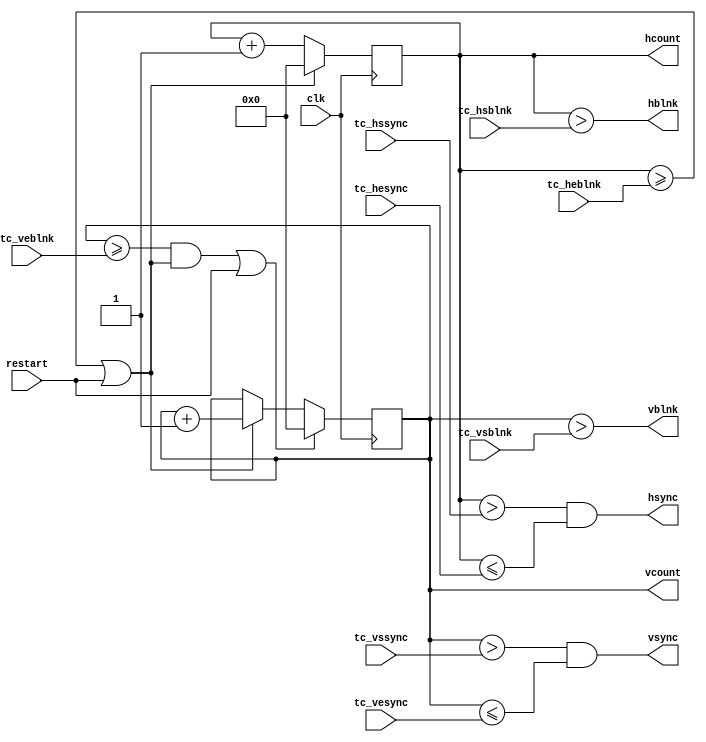
module timing
  (
  input  wire [10:0] tc_hsblnk,
  input  wire [10:0] tc_hssync,
  input  wire [10:0] tc_hesync,
  input  wire [10:0] tc_heblnk,

  output wire [10:0] hcount,
  output wire        hsync,
  output wire        hblnk,

  input  wire [10:0] tc_vsblnk,
  input  wire [10:0] tc_vssync,
  input  wire [10:0] tc_vesync,
  input  wire [10:0] tc_veblnk,

  output wire [10:0] vcount,
  output wire        vsync,
  output wire        vblnk,

  input  wire        restart,
  input  wire        clk
  );

  //******************************************************************//
  // This logic describes a 11-bit horizontal position counter.       //
  //******************************************************************//
 
  reg    [10:0] hpos_cnt = 0;
  wire          hpos_clr;
  wire          hpos_ena;

  always @(posedge clk)
  begin : hcounter
    if (hpos_clr) hpos_cnt <= 11'b000_0000_0000;
    else if (hpos_ena) hpos_cnt <= hpos_cnt + 11'b000_0000_0001;
  end

  //******************************************************************//
  // This logic describes a 11-bit vertical position counter.         //
  //******************************************************************//

  reg    [10:0] vpos_cnt = 0;
  wire          vpos_clr;
  wire          vpos_ena;

  always @(posedge clk)
  begin : vcounter
    if (vpos_clr) vpos_cnt <= 11'b000_0000_0000;
    else if (vpos_ena) vpos_cnt <= vpos_cnt + 11'b000_0000_0001;
  end

  //******************************************************************//
  // This logic describes the position counter control.  Counters are //
  // reset when they reach the total count and the counter is then    //
  // enabled to advance.  Use of GTE operator ensures dynamic changes //
  // to display timing parameters do not allow counters to run away.  //
  //******************************************************************//

  assign hpos_ena = 1'b1;
  assign hpos_clr = ((hpos_cnt >= tc_heblnk) && hpos_ena ) || restart;
 
  assign vpos_ena = hpos_clr;
  assign vpos_clr = ((vpos_cnt >= tc_veblnk) && vpos_ena ) || restart;

  //******************************************************************//
  // This is the logic for the horizontal outputs.  Active video is   //
  // always started when the horizontal count is zero.  Example:      //
  //                                                                  //
  // tc_hsblnk = 03                                                   //
  // tc_hssync = 07                                                   //
  // tc_hesync = 11                                                   //
  // tc_heblnk = 15 (htotal)                                          //
  //                                                                  //
  // hcount   00 01 02 03 04 05 06 07 08 09 10 11 12 13 14 15         //
  // hsync    ________________________------------____________        //
  // hblnk    ____________------------------------------------        //
  //                                                                  //
  // hsync time  = (tc_hesync - tc_hssync) pixels                     //
  // hblnk time  = (tc_heblnk - tc_hsblnk) pixels                     //
  // active time = (tc_hsblnk + 1) pixels                             //
  //                                                                  //
  //******************************************************************//

  assign hcount = hpos_cnt;
  assign hblnk = (hcount > tc_hsblnk);
  assign hsync = (hcount > tc_hssync) && (hcount <= tc_hesync);

  //******************************************************************//
  // This is the logic for the vertical outputs.  Active video is     //
  // always started when the vertical count is zero.  Example:        //
  //                                                                  //
  // tc_vsblnk = 03                                                   //
  // tc_vssync = 07                                                   //
  // tc_vesync = 11                                                   //
  // tc_veblnk = 15 (vtotal)                                          //
  //                                                                  //
  // vcount   00 01 02 03 04 05 06 07 08 09 10 11 12 13 14 15         //
  // vsync    ________________________------------____________        //
  // vblnk    ____________------------------------------------        //
  //                                                                  //
  // vsync time  = (tc_vesync - tc_vssync) lines                      //
  // vblnk time  = (tc_veblnk - tc_vsblnk) lines                      //
  // active time = (tc_vsblnk + 1) lines                              //
  //                                                                  //
  //******************************************************************//
 
  assign vcount = vpos_cnt;
  assign vblnk = (vcount > tc_vsblnk);
  assign vsync = (vcount > tc_vssync) && (vcount <= tc_vesync);

  //******************************************************************//
  //                                                                  //
  //******************************************************************//

endmodule